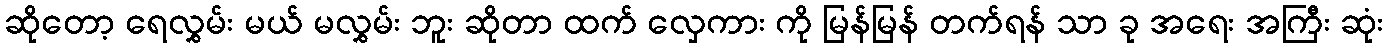
ဆိုတော့ ရေလွှမ်း မယ် မလွှမ်း ဘူး ဆိုတာ ထက် လှေကား ကို မြန်မြန် တက်ရန် သာ ခု အရေး အကြီး ဆုံး